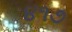
૪૧૭